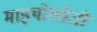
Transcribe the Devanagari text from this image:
माइथोलोजी